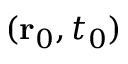
( \mathbf { r } _ { 0 } , t _ { 0 } )